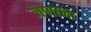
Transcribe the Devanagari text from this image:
जणाना